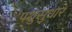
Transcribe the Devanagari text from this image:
पशुसुधार